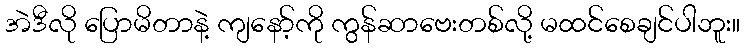
အဲဒီလို ပြောမိတာနဲ့ ကျနော့်ကို ကွန်ဆာဗေးတစ်လို့ မထင်စေချင်ပါဘူး။